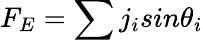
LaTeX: F_{E}=\sum{j_{i}sin\theta_{i}}